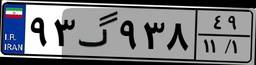
۹۳گ۹۳۸۴۹